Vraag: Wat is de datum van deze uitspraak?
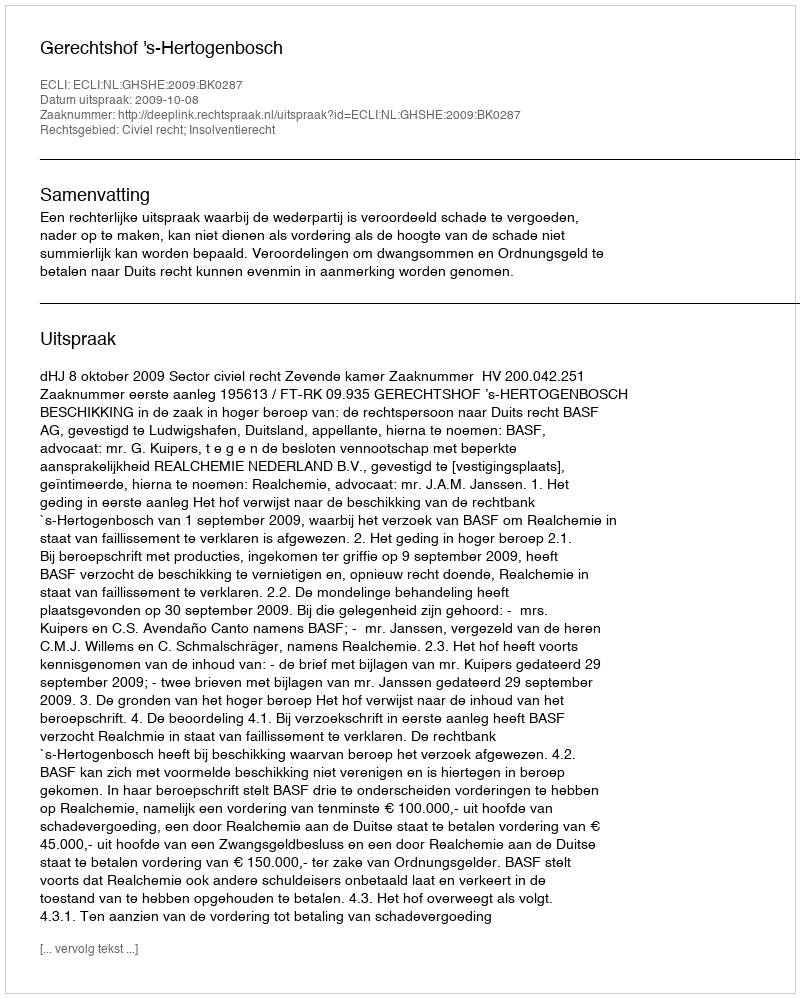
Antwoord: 2009-10-08